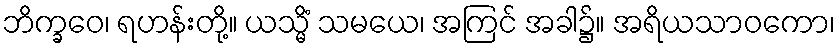
ဘိက္ခဝေ၊ ရဟန်းတို့။ ယသ္မိံ သမယေ၊ အကြင် အခါ၌။ အရိယသာဝကော၊